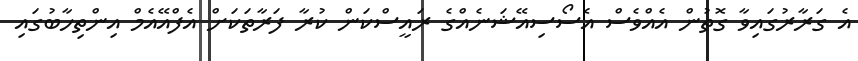
އެ ގަރާރުގައިވާ ގޮތުން އެއްވެސް އެސޯސިއޭޝަނެއްގެ ރައީސްކަން ކުރާ ފަރާތަކަށް އެފްއޭއެމް އިންތިހާބުގައި